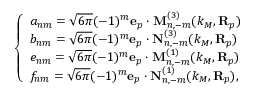
\left\{ \begin{array} { l l } { a _ { n m } = \sqrt { 6 \pi } ( - 1 ) ^ { m } \mathbf { e } _ { p } \cdot \mathbf { M } _ { n , - m } ^ { ( 3 ) } ( k _ { M } , \mathbf { R } _ { p } ) } \\ { b _ { n m } = \sqrt { 6 \pi } ( - 1 ) ^ { m } \mathbf { e } _ { p } \cdot \mathbf { N } _ { n , - m } ^ { ( 3 ) } ( k _ { M } , \mathbf { R } _ { p } ) } \\ { e _ { n m } = \sqrt { 6 \pi } ( - 1 ) ^ { m } \mathbf { e } _ { p } \cdot \mathbf { M } _ { n , - m } ^ { ( 1 ) } ( k _ { M } , \mathbf { R } _ { p } ) } \\ { f _ { n m } = \sqrt { 6 \pi } ( - 1 ) ^ { m } \mathbf { e } _ { p } \cdot \mathbf { N } _ { n , - m } ^ { ( 1 ) } ( k _ { M } , \mathbf { R } _ { p } ) , } \end{array} \right.